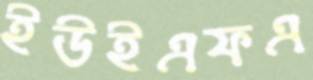
ইউইএফএ